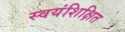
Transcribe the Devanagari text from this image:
स्वयंशिक्षित